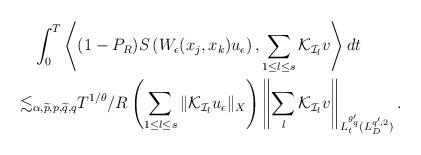
LaTeX: \begin{align*}\begin{aligned}&\int_{0}^T\left<(1-P_R)S\left(W_\epsilon(x_j,x_k)u_\epsilon\right),\sum_{1\leq l\leq s}\mathcal{K}_{\mathcal{I}_l}v\right>dt\\\lesssim&_{\alpha,\widetilde{p},p,\widetilde{q},q}T^{1/\theta}/R\left(\sum_{1\leq l\leq s}\|\mathcal{K}_{\mathcal{I}_l}u_\epsilon\|_X\right)\left\|\sum_{l}\mathcal{K}_{\mathcal{I}_l}v\right\|_{L_t^{\theta_q'}(L^{q',2}_D)}.\end{aligned}\end{align*}